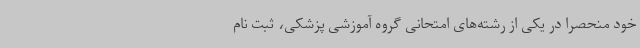
خود منحصراً در یکی از رشته‌های امتحانی گروه آموزشی پزشکی، ثبت نام